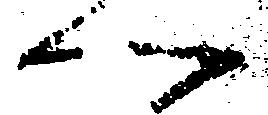
へ